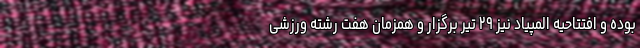
بوده و افتتاحیه المپیاد نیز ۲۹ تیر برگزار و همزمان هفت رشته ورزشی